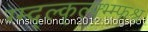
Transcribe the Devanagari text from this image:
ग्म्द्ल्क्ल्फ्भ्म्फश्र